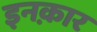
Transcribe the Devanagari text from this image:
इनक़ार